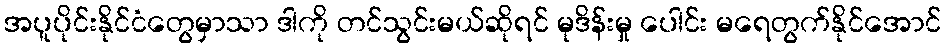
အပူပိုင်းနိုင်ငံတွေမှာသာ ဒါကို တင်သွင်းမယ်ဆိုရင် မုဒိန်းမှု ပေါင်း မရေတွက်နိုင်အောင်